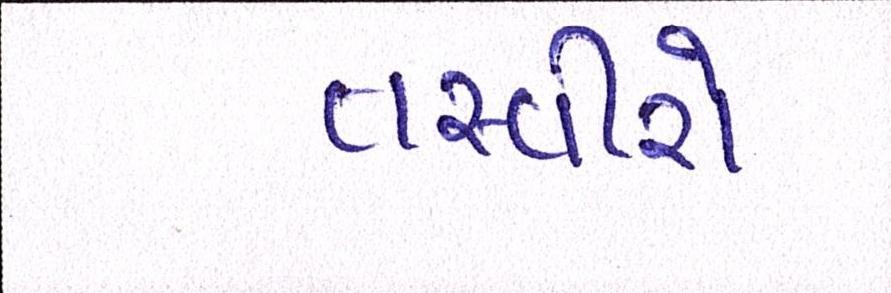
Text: તસવીરો